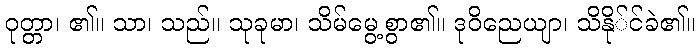
ဝုတ္တာ၊ ၏။ သာ၊ သည်။ သုခုမာ၊ သိမ်မွေ့စွာ၏။ ဒုဝိညေယျာ၊ သိနို်င်ခဲ၏။